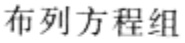
布列方程组